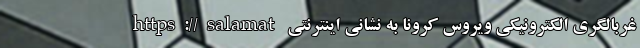
غربالگری الکترونیکی ویروس کرونا به نشانی اینترنتی https://salamat